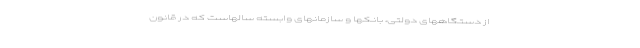
از دستگاههای دولتی، بانکها و سازمانهای وابسته سالهاست که در قانون